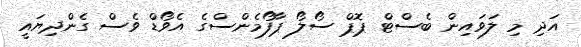
އަދި މި ލަވައިން ބެސްޓް ޕޮޕް ސޯލޯ ޕާފޯމެންސްގެ އެވޯޑް ވެސް ގެންދިޔައީ